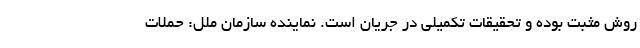
روش مثبت بوده و تحقیقات تکمیلی در جریان است. نماینده سازمان ملل: حملات